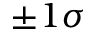
\pm 1 \sigma